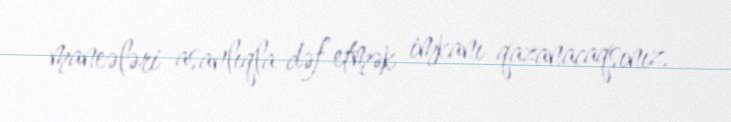
maneələri asanlıqla dəf etmək imkanı qazanacaqsınız.